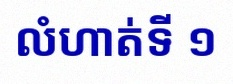
លំហាត់ទី ១